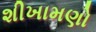
શીખામણો